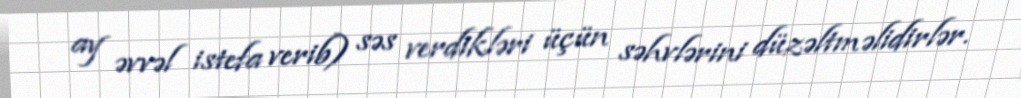
ay əvvəl istefa verib) səs verdikləri üçün səhvlərini düzəltməlidirlər.